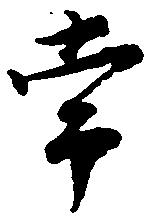
常